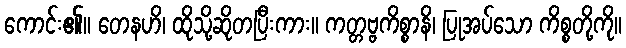
ကောင်း၏။ တေနဟိ၊ ထိုသို့ဆိုတပြီးကား။ ကတ္တဗ္ဗကိစ္စာနိ၊ ပြုအပ်သော ကိစ္စတို့ကို။